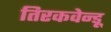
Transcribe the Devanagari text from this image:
तिरकवेन्डू